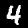
Label: 4